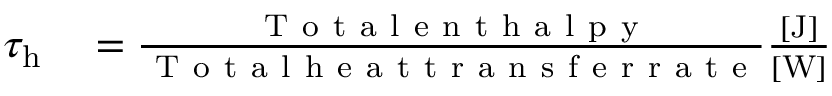
\begin{array} { r l } { \tau _ { \mathrm { h } } } & { { } = \frac { \mathrm { ~ T ~ o ~ t ~ a ~ l ~ e ~ n ~ t ~ h ~ a ~ l ~ p ~ y ~ } } { \mathrm { ~ T ~ o ~ t ~ a ~ l ~ h ~ e ~ a ~ t ~ t ~ r ~ a ~ n ~ s ~ f ~ e ~ r ~ r ~ a ~ t ~ e ~ } } \frac { [ \mathrm { { J } ] } } { [ \mathrm { { W } ] } } } \end{array}